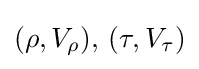
(\rho ,V_{\rho }),\,(\tau ,V_{\tau })